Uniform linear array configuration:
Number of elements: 12
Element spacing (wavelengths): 0.25
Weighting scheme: hamming
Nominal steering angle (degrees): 30
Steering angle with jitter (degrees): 31.823
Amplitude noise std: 0.05
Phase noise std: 0.05

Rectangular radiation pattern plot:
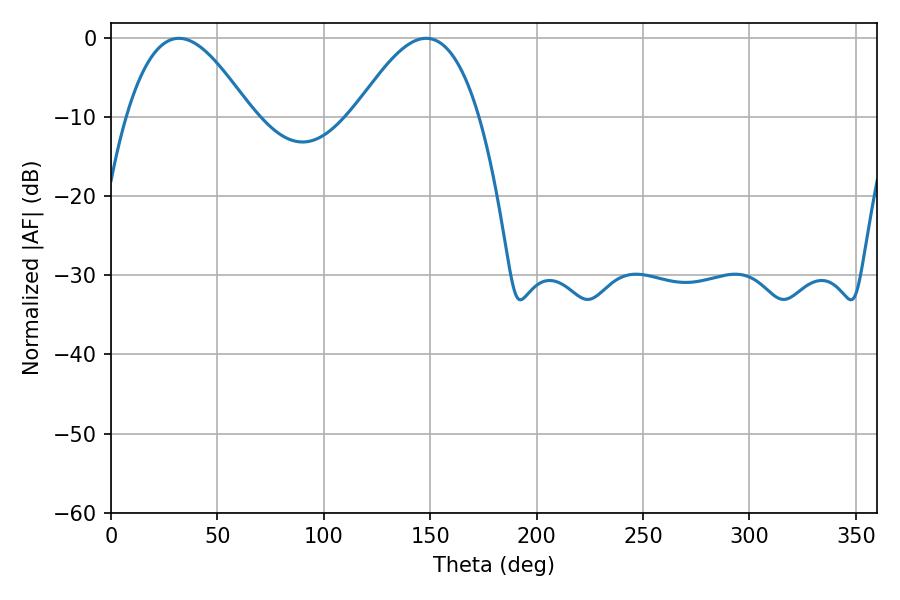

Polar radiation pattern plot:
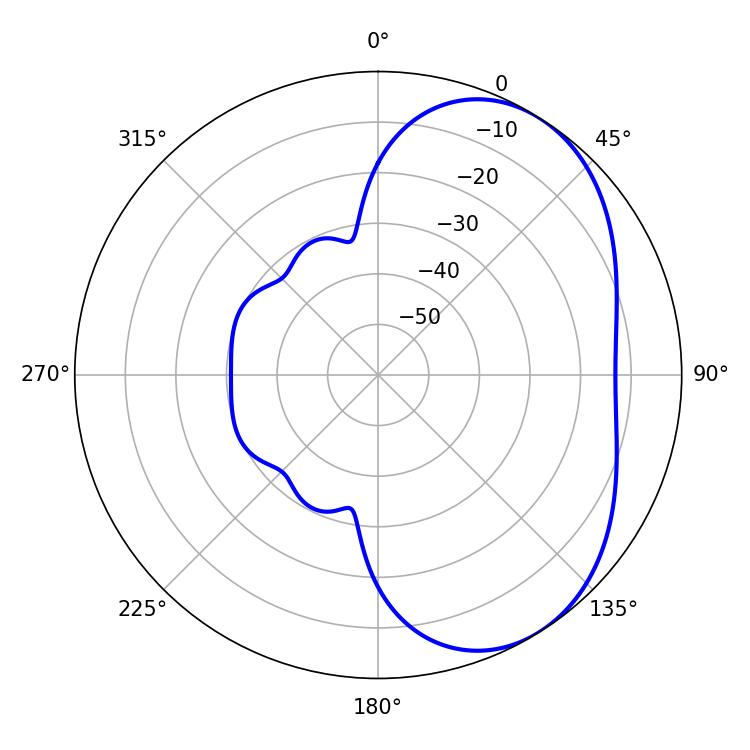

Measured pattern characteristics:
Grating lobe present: FALSE
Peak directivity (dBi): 4.523
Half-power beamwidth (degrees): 31.86
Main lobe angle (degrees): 31.86